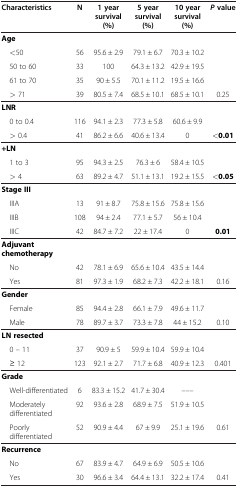
<table><thead><tr><td><b>Characteristics</b></td><td><b>N</b></td><td><b>1 year survival (%)</b></td><td><b>5 year survival (%)</b></td><td><b>10 year survival (%)</b></td><td><b><i>P</i> value</b></td></tr></thead><tbody><tr><td><b>Age</b></td><td> </td><td> </td><td> </td><td> </td><td> </td></tr><tr><td> &lt;50</td><td>56</td><td>95.6 ± 2.9</td><td>79.1 ± 6.7</td><td>70.3 ± 10.2</td><td> </td></tr><tr><td> 50 to 60</td><td>33</td><td>100</td><td>64.3 ± 13.2</td><td>42.9 ± 19.5</td><td> </td></tr><tr><td> 61 to 70</td><td>35</td><td>90 ± 5.5</td><td>70.1 ± 11.2</td><td>19.5 ± 16.6</td><td> </td></tr><tr><td> &gt; 71</td><td>39</td><td>80.5 ± 7.4</td><td>68.5 ± 10.1</td><td>68.5 ± 10.1</td><td>0.25</td></tr><tr><td><b>LNR</b></td><td> </td><td> </td><td> </td><td> </td><td> </td></tr><tr><td> 0 to 0.4</td><td>116</td><td>94.1 ± 2.3</td><td>77.3 ± 5.8</td><td>60.6 ± 9.9</td><td> </td></tr><tr><td> &gt; 0.4</td><td>41</td><td>86.2 ± 6.6</td><td>40.6 ± 13.4</td><td>0</td><td><b>&lt;0.01</b></td></tr><tr><td><b>+LN</b></td><td> </td><td> </td><td> </td><td> </td><td> </td></tr><tr><td> 1 to 3</td><td>95</td><td>94.3 ± 2.5</td><td>76.3 ± 6</td><td>58.4 ± 10.5</td><td> </td></tr><tr><td> &gt; 4</td><td>63</td><td>89.2 ± 4.7</td><td>51.1 ± 13.1</td><td>19.2 ± 15.5</td><td><b>&lt;0.05</b></td></tr><tr><td><b>Stage III</b></td><td> </td><td> </td><td> </td><td> </td><td> </td></tr><tr><td> IIIA</td><td>13</td><td>91 ± 8.7</td><td>75.8 ± 15.6</td><td>75.8 ± 15.6</td><td> </td></tr><tr><td> IIIB</td><td>108</td><td>94 ± 2.4</td><td>77.1 ± 5.7</td><td>56 ± 10.4</td><td> </td></tr><tr><td> IIIC</td><td>42</td><td>84.7 ± 7.2</td><td>22 ± 17.4</td><td>0</td><td><b>0.01</b></td></tr><tr><td><b>Adjuvant chemotherapy</b></td><td> </td><td> </td><td> </td><td> </td><td> </td></tr><tr><td> No</td><td>42</td><td>78.1 ± 6.9</td><td>65.6 ± 10.4</td><td>43.5 ± 14.4</td><td> </td></tr><tr><td> Yes</td><td>81</td><td>97.3 ± 1.9</td><td>68.2 ± 7.3</td><td>42.2 ± 18.1</td><td>0.16</td></tr><tr><td><b>Gender</b></td><td> </td><td> </td><td> </td><td> </td><td> </td></tr><tr><td> Female</td><td>85</td><td>94.4 ± 2.8</td><td>66.1 ± 7.9</td><td>49.6 ± 11.7</td><td> </td></tr><tr><td> Male</td><td>78</td><td>89.7 ± 3.7</td><td>73.3 ± 7.8</td><td>44 ± 15.2</td><td>0.10</td></tr><tr><td><b>LN resected</b></td><td> </td><td> </td><td> </td><td> </td><td> </td></tr><tr><td> 0 – 11</td><td>37</td><td>90.9 ± 5</td><td>59.9 ± 10.4</td><td>59.9 ± 10.4</td><td> </td></tr><tr><td> ≥ 12</td><td>123</td><td>92.1 ± 2.7</td><td>71.7 ± 6.8</td><td>40.9 ± 12.3</td><td>0.401</td></tr><tr><td><b>Grade</b></td><td> </td><td> </td><td> </td><td> </td><td> </td></tr><tr><td> Well-differentiated</td><td>6</td><td>83.3 ± 15.2</td><td>41.7 ± 30.4</td><td>–––</td><td> </td></tr><tr><td> Moderately differentiated</td><td>92</td><td>93.6 ± 2.8</td><td>68.9 ± 7.5</td><td>51.9 ± 10.5</td><td> </td></tr><tr><td> Poorly differentiated</td><td>52</td><td>90.9 ± 4.4</td><td>67 ± 9.9</td><td>25.1 ± 19.6</td><td>0.61</td></tr><tr><td><b>Recurrence</b></td><td> </td><td> </td><td> </td><td> </td><td> </td></tr><tr><td> No</td><td>67</td><td>83.9 ± 4.7</td><td>64.9 ± 6.9</td><td>50.5 ± 10.6</td><td> </td></tr><tr><td> Yes</td><td>30</td><td>96.6 ± 3.4</td><td>64.4 ± 13.1</td><td>32.2 ± 17.4</td><td>0.41</td></tr></tbody></table>